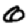
Digit: 0